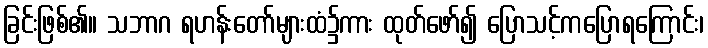
ခြင်းဖြစ်၏။ သဘာဂ ရဟန်းတော်များထံ၌ကား ထုတ်ဖော်၍ ပြောသင့်ကပြောရကြောင်း၊